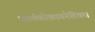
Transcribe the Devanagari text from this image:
फार्मकोकायनेटिक्स